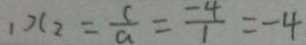
1 x _ { 2 } = \frac { c } { a } = \frac { - 4 } { 1 } = - 4